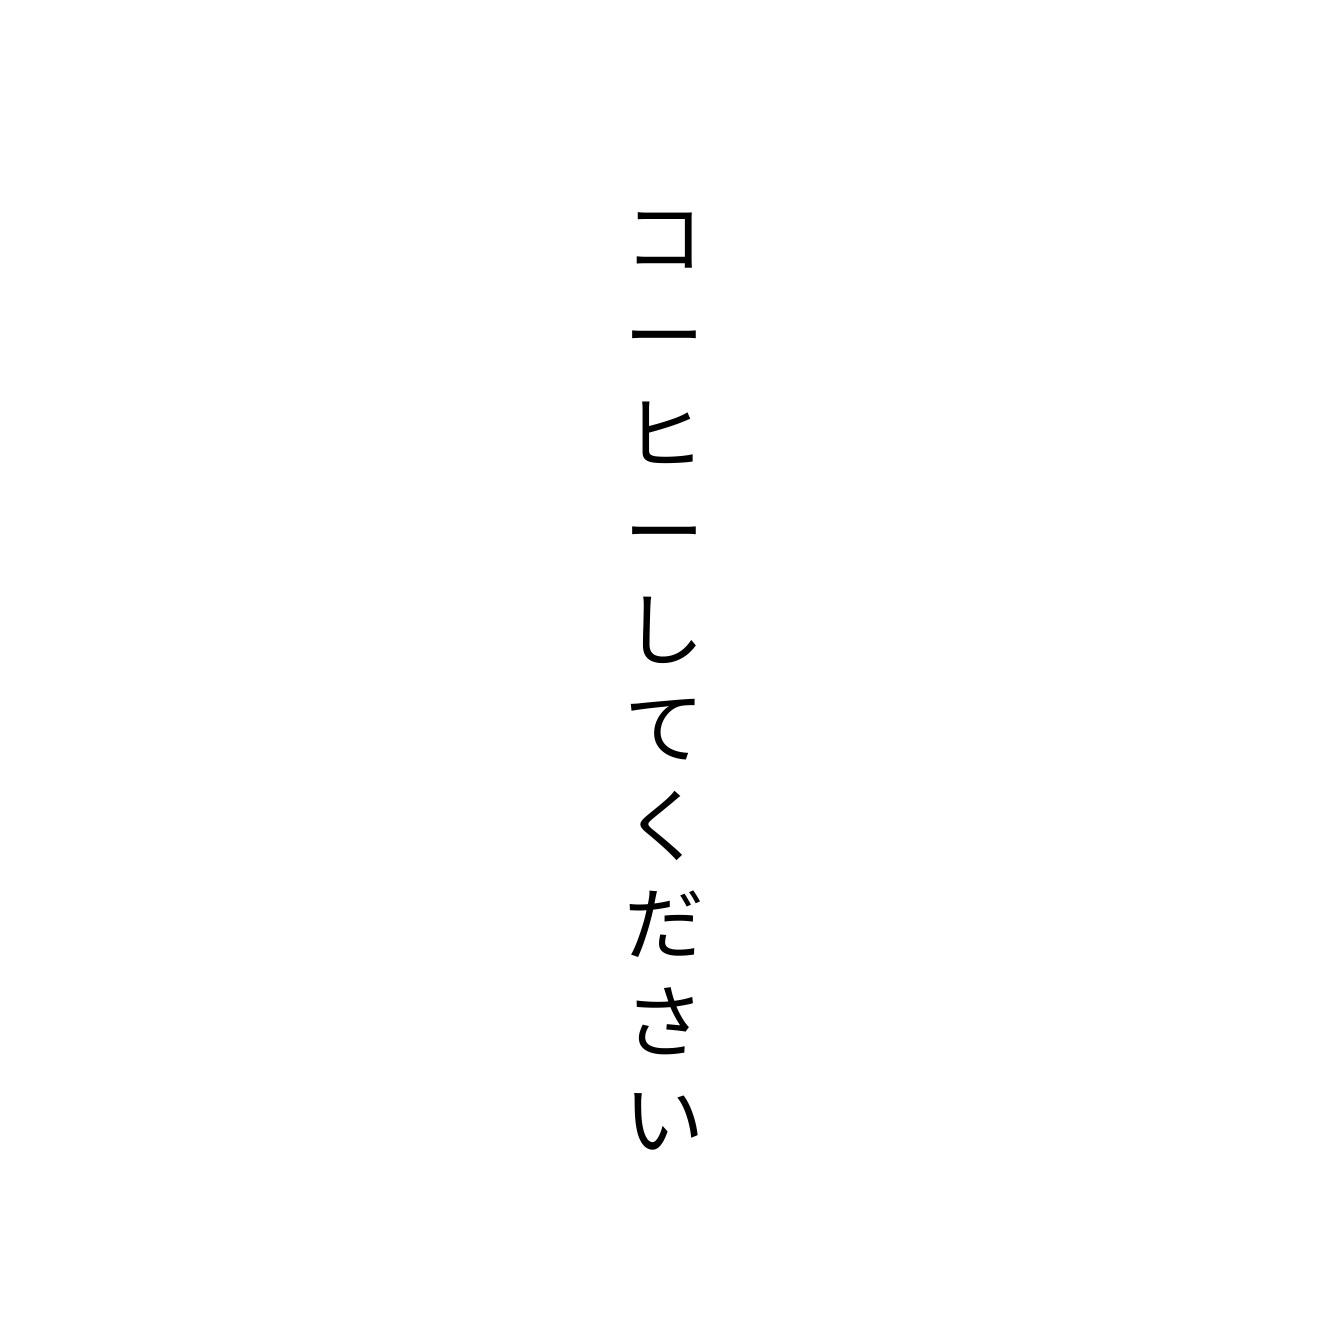
コーヒーしてください